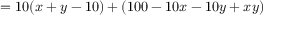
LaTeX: \, = 1 0 ( x + y - 1 0 ) + ( 1 0 0 - 1 0 x - 1 0 y + x y )